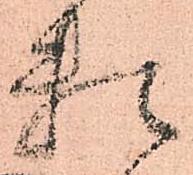
頼